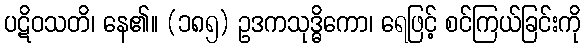
ပဋိဝသတိ၊ နေ၏။ (၁၈၅) ဥဒကသုဒ္ဓိကော၊ ရေဖြင့် စင်ကြယ်ခြင်းကို